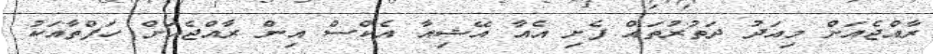
ރާއްޖެއަށް މިއަދު ދަތުރުތައް ފެށި އެއާ އޭޝިއާ އެކްސް އިން ރާއްޖެއަށް ހަފްތާއަކު